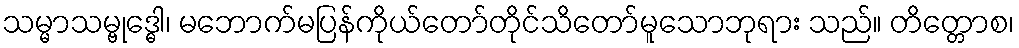
သမ္မာသမ္ဗုဒ္ဓေါ၊ မဘောက်မပြန်ကိုယ်တော်တိုင်သိတော်မူသောဘုရား သည်။ တိတ္တောစ၊